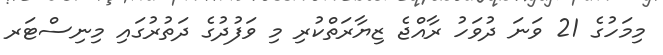
މިމަހުގެ 21 ވަނަ ދުވަހު ރާއްޖެ ޒިޔާރަތްކުރި މި ވަފުދުގެ ދަތުރުގައި މިނިސްޓަރ